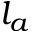
l _ { a }